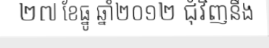
២៧ ខែធ្នូ ឆ្នាំ២០១២ ជុំវិញនឹង